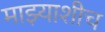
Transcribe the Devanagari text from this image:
माझ्याशीच